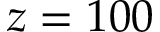
z = 1 0 0